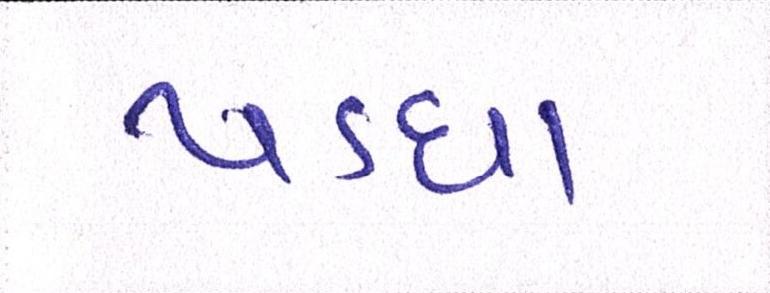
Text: પડઘા